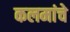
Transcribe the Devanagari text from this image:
कलमांचे